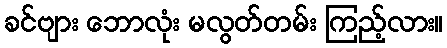
ခင်ဗျား ဘောလုံး မလွတ်တမ်း ကြည့်လား။